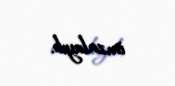
imzalayıb.